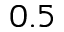
0 . 5